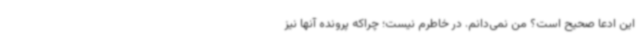
این ادعا صحیح است؟ من نمی‌دانم. در خاطرم نیست؛ چراکه پرونده آنها نیز